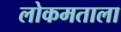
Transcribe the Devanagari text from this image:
लोकमताला